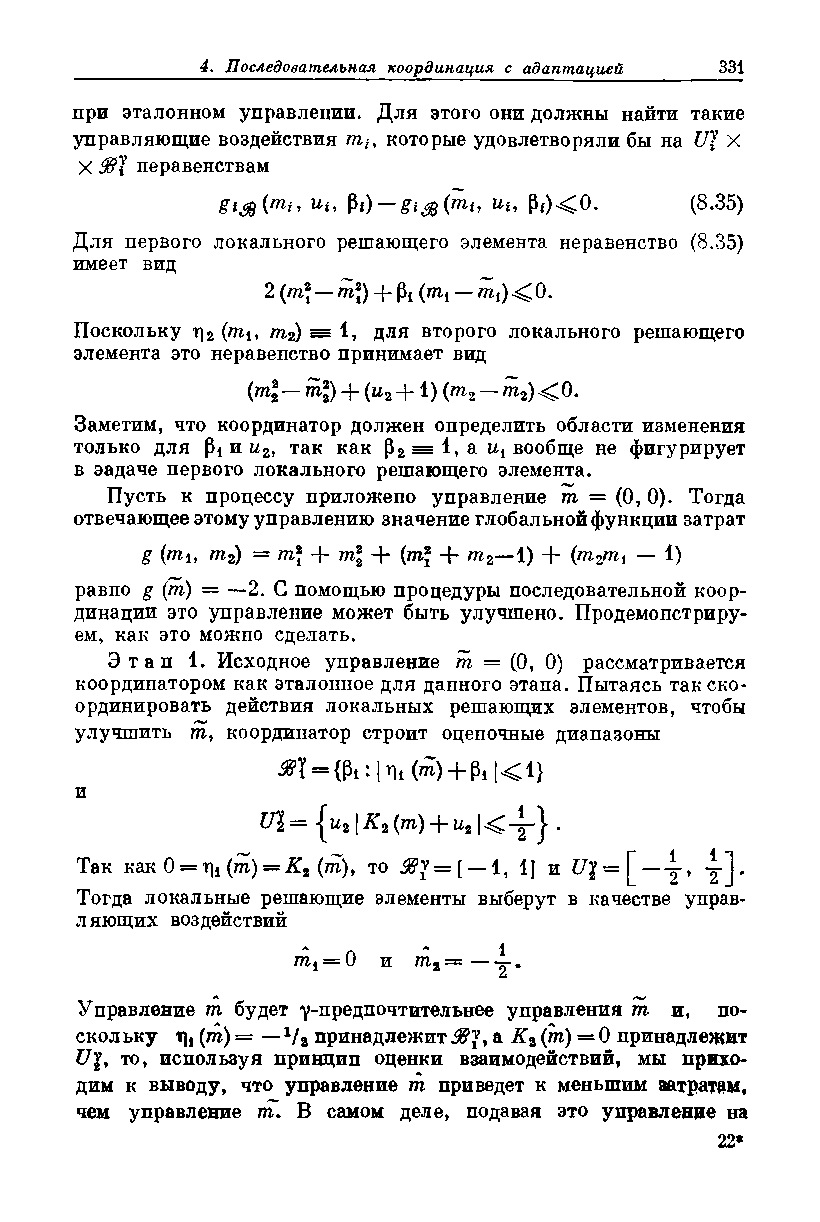
при эталонном управлении. Для этого они должны найти такие
 управляющие воздействия которые удовлетворяли бы на Щ X
 X 9&\ неравенствам
 Иь Р*) — £*# (™Ь ии Pi)<0. (8.35)
 Для первого локального решающего элемента неравенство (8.35)
 имеет вид
 2 (то* — то*) -f (то* — то,)< 0.
 Поскольку г]2 (то*, то2) = 1, для второго локального решающего
 элемента это неравенство принимает вид
 (ml — ml) + (и2 +1) (то2 — то2)< 0.
 Заметим, что координатор должен определить области изменения
 только для и и2, так как р2 = 1» а Wi вообще не фигурирует
 в задаче первого локального решающего элемента.
 Пусть к процессу приложено управление т — (0, 0). Тогда
 отвечающее этому управлению значение глобальной функции затрат
 g (тоь т2) = т\ + то* + (то* + то2—1) + (т2т^ — 1)
 равно g (т) = —2. С помощью процедуры последовательной коор­
 динации это управление может быть улучшено. Продемонстриру­
 ем, как это можно сделать.
 Этап 1. Исходное управление т = (0, 0) рассматривается
 координатором как эталонное для данного этапа. Пытаясь так ско­
 ординировать действия локальных решающих элементов, чтобы
 улучшить то, координатор строит оценочные диапазоны
 #1 = {Pi: hi (т) + Pt |< 1}
 И
 U\ = |и21К2 (т) + и2 •
 Так как 0 = тц (т) = К2 (то), то = [ — 1 ? 1] и = [ —у
 Тогда локальные решающие элементы выберут в качестве управ­
 ляющих воздействий
 УЧ      Л    1
 т{ = 0 и то2 = — у
 Управление т будет у-предпочтительнее управления т и, по­
 скольку % (то) = —1/2 принадлежит а К2 (то) = 0 принадлежит
 Uv> то, используя принцип оценки взаимодействий, мы прихо­
 дим к выводу, что управление то приведет к меньшим затратам,
 чем управление лГ. В самом деле, подавая это управление на
 22
 *